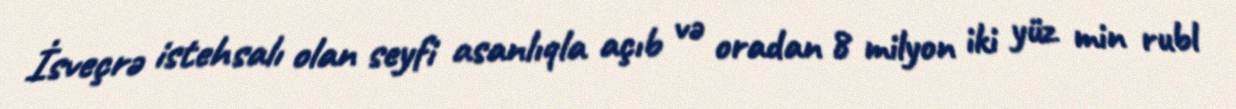
İsveçrə istehsalı olan seyfi asanlıqla açıb və oradan 8 milyon iki yüz min rubl